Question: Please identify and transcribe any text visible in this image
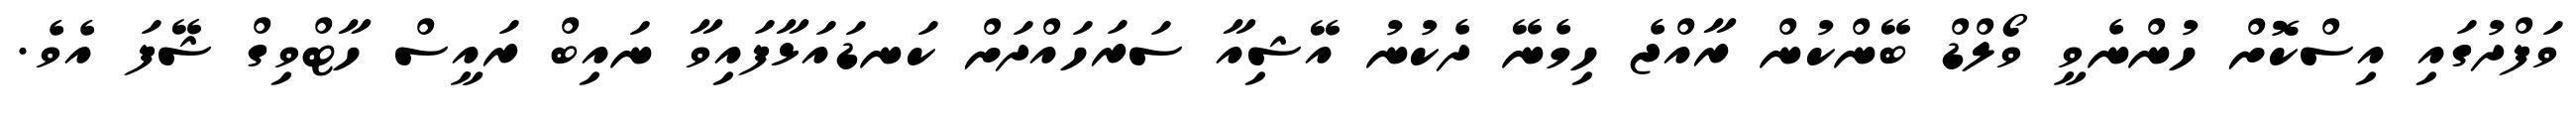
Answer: ވަފްދުގައި އިސްކޮށް ހުންނެވީ ވޯލްޑް ބޭންކުން ރާއްޖެ ހިމެނޭ ދެކުނު އޭޝިއާ ސަރަހައްދަށް ކަނޑައަޅާފައިވާ ނައިބް ރައީސް ހާޓްވިގް ޝޭފަ އެވެ.